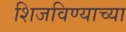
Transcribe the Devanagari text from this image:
शिजविण्याच्या